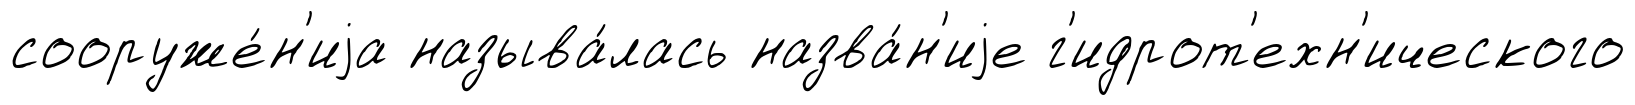
сооруже́н'иjа называ́лась назва́н'иjе г'идрот'ехн'ического